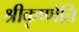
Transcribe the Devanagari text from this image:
श्रीकृष्णेति